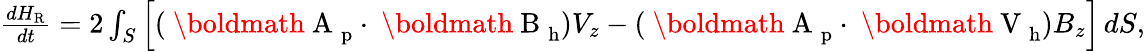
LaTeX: \begin{array}{r}{\frac{dH_{\mathrm{R}}}{dt}=2\int_{S}\left[(\mathrm{~\boldmath~A~}_{\mathrm{p}}\cdot\mathrm{~\boldmath~B~}_{\mathrm{h}})V_{z}-(\mathrm{~\boldmath~A~}_{\mathrm{p}}\cdot\mathrm{~\boldmath~V~}_{\mathrm{h}})B_{z}\right]\, dS,}\end{array}